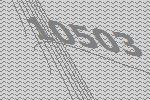
10503